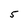
Character: 5